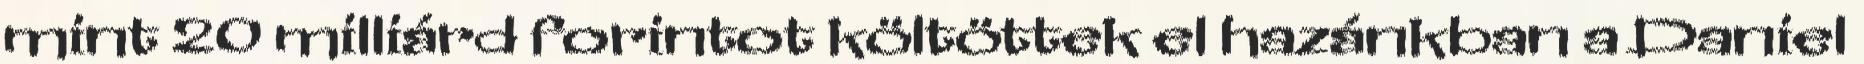
mint 20 milliárd forintot költöttek el hazánkban a Daniel